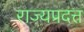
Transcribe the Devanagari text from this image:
राज्यप्रदत्त